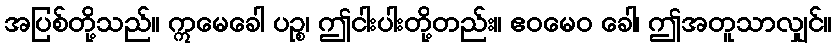
အပြစ်တို့သည်။ ဣမေခေါ ပဉ္စ၊ ဤငါးပါးတို့တည်း။ ဧဝမေဝ ခေါ၊ ဤအတူသာလျှင်။